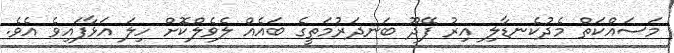
މަސައްކަތް މެދުކެނޑާލި އިރު ފޭދޫ ބަނދަރުމަތީގެ ބައެއް ލެވެލްކޮށް ހިލަ އަޅާފައިވެ އެވެ.